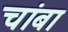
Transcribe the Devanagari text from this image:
चांबा